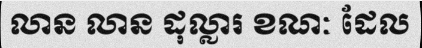
លាន លាន ដុល្លារ ខណៈ ដែល